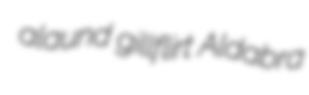
alaund gillflirt Aldabra